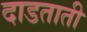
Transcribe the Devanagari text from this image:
दाडताती